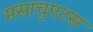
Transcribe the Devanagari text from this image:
मसाचुएटस